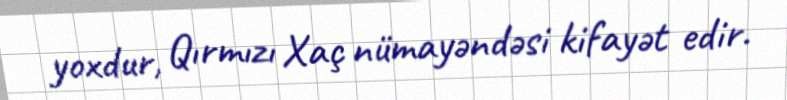
yoxdur, Qırmızı Xaç nümayəndəsi kifayət edir.